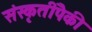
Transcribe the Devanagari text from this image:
संस्कृतींपैकी